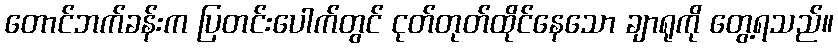
တောင်ဘက်ခန်းက ပြတင်းပေါက်တွင် ငုတ်တုတ်ထိုင်နေသော ချာရုကို တွေ့ရသည်။